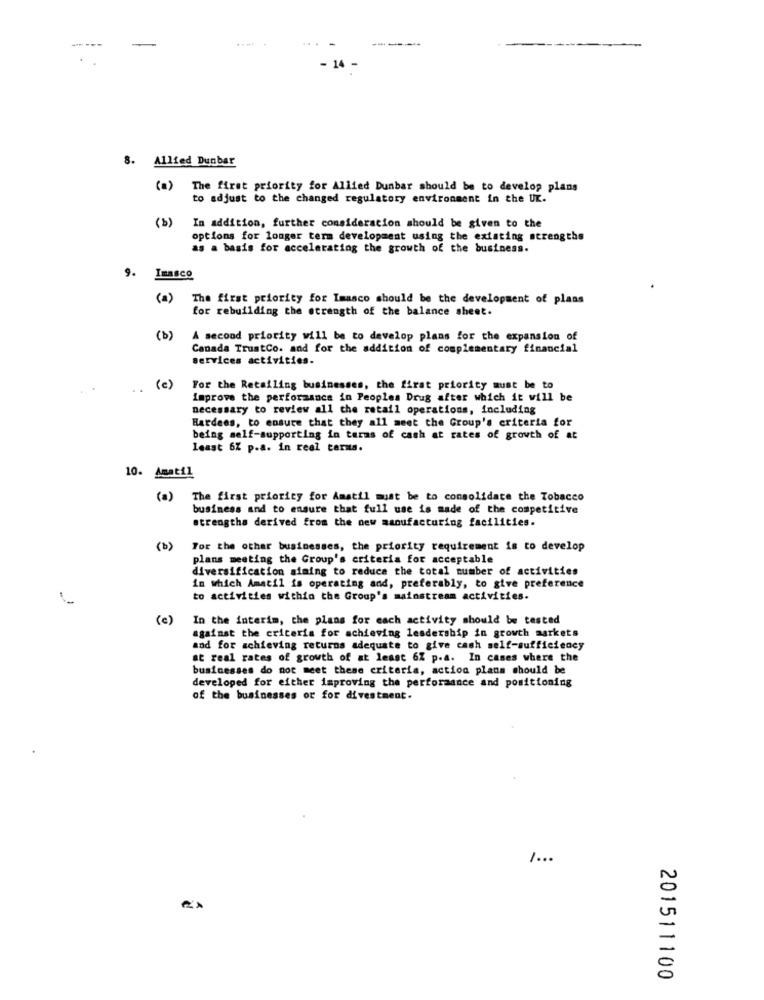
- 14
8. Allied Dunbar
(a) The first priority for Allied Dunbar should be to develop plans
to adjust to the changed regulatory environment in the UK.
(3)
In addition, further consideration should be given to the
options for longer term development using the existing strengths
as a basis for accelerating the growth of the business.
9.
Inasco
(a)
The first priority for Imasco should be the development of plans
for rebuilding the strength of the balance sheet.
(b)
A second priority will be to develop plans for the expansion of
Canada TrustCo. and for the addition of complementary financial
services activities.
..
(c)
For the Retailing businesses, the first priority must be to
improve the performance in Peoples Drug after which it will be
necessary to review all the retail operations, including
Hardees, to ensure that they all meet the Group's criteria for
being self-supporting in terms of cash at rates of growth of at
least 6% p.a. in real terms.
10. Amatil
(a) The first priority for Amatil must be to consolidate the Tobacco
business and to ensure that full use is made of the competitive
strengtha derived from the new manufacturing facilities.
(b)
For the other businesses, the priority requirement is to develop
plans meeting the Group's criteria for acceptable
diversification aiming to reduce the total number of activities
in which Amatil is operating and, preferably, to give preference
to activities within the Group's mainstream activities.
(c)
In the interim, the plans for each activity should be tested
against the criteria for achieving leadership in growth markets
and for achieving returns adequate to give cash self-sufficiency
at real rates of growth of at least 6% p.a. In cases where the
businesses do not meet these criteria, action plans should be
developed for either improving the performance and positioning
of the businesses or for divestment.
1.00
201511100